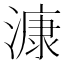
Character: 漮